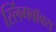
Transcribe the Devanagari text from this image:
स्लिंगबॉक्स